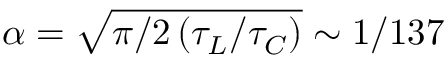
\alpha = \sqrt { \pi / 2 \left( \tau _ { L } / \tau _ { C } \right) } \sim 1 / 1 3 7